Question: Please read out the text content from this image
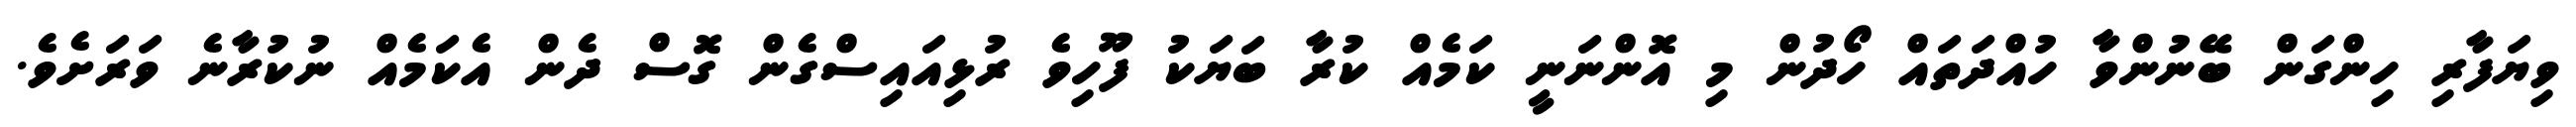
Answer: ވިޔަފާރި ހިންގަން ބޭނުންވާ ހުއްދަތައް ހޯދުން މި އޮންނަނީ ކަމެއް ކުރާ ބަޔަކު ފޫހިވެ ރުޅިއައިސްގެން ގޮސް ދެން އެކަމެއް ނުކުރާނެ ވަރަށެވެ.